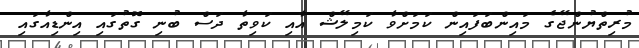
މުރިތްޔުންޖޭގެ މައިންބަފައިން ކަމަށްވާ ކަމިލޭޝް އާއި ކަވިތާ ދަސް ބުނި ގޮތުގައި އިންޑިއާގައި